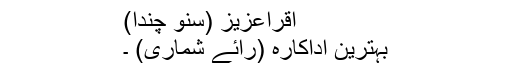
اقراعزیز (سنو چندا)
بہترین اداکارہ (رائے شماری) ۔